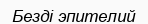
Безді эпителий